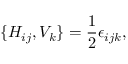
\{ H _ { i j } , V _ { k } \} = \frac { 1 } { 2 } \epsilon _ { i j k } ,